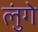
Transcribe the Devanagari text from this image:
लुंगे